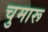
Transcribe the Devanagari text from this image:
चुमारू